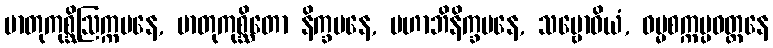
မာတုကုစ္ဆိဩက္ကမနေ, မာတုကုစ္ဆိတော နိက္ခမနေ, မဟာဘိနိက္ခမနေ, သမ္ဗောဓိယံ, ဓမ္မစက္ကပ္ပဝတ္တနေ